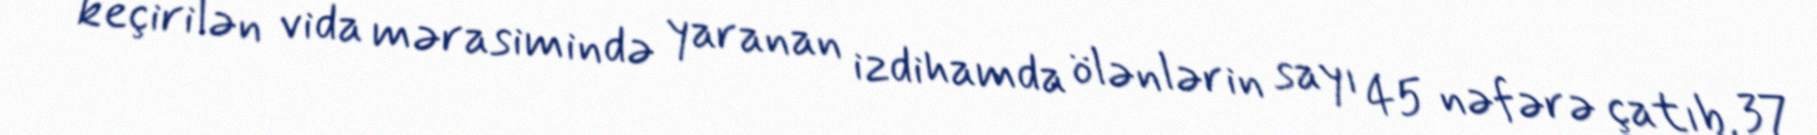
keçirilən vida mərasimində yaranan izdihamda ölənlərin sayı 45 nəfərə çatıb, 37